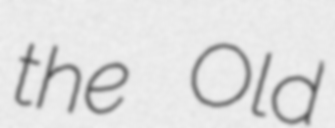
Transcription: the Old